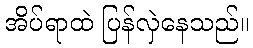
အိပ်ရာထဲ ပြန်လှဲနေသည်။